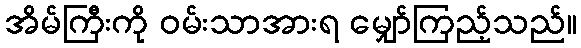
အိမ်ကြီးကို ဝမ်းသာအားရ မျှော်ကြည့်သည်။